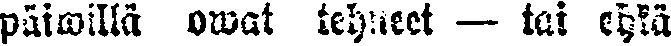
päiwällä owat tehneet — tai ehkä